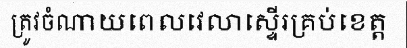
ត្រូវចំណាយពេលវេលាស្ទើរគ្រប់ខេត្ត